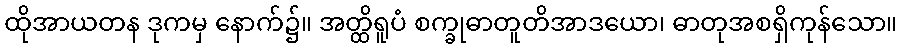
ထိုအာယတန ဒုကမှ နောက်၌။ အတ္ထိရူပံ စက္ခုဓာတူတိအာဒယော၊ ဓာတုအစရှိကုန်သော။